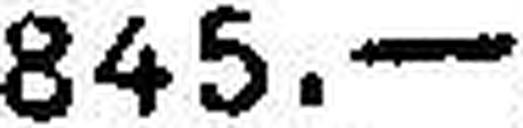
845.—